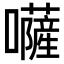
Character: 𡄳